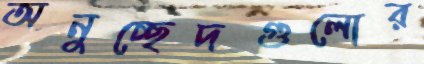
অনুচ্ছেদগুলোর